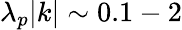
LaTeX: \lambda_{p}|k|\sim 0.1-2